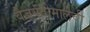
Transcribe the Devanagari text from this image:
वैजयंतीमालेची